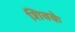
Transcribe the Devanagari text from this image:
शिवके